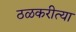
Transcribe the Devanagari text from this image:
ठळकरीत्या